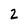
Character: 2